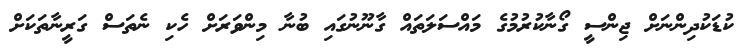
ކުޑަކުދިންނަށް ޖިންސީ ގޯނާކުރުމުގެ މައްސަލަތައް ގާނޫނުގައި ބުނާ މިންވަރަށް ހެކި ނެތަސް ގަރީނާތަކަށް